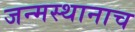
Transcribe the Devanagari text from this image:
जन्मस्थानाच